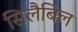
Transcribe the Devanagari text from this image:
सिलैबिल